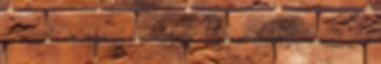
. Nemzeti Statisztikai Intézet. Hozzáférés: 2014. február 4. ↑